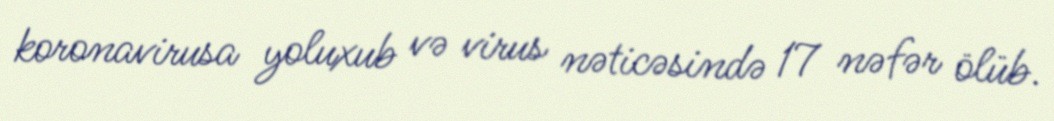
koronavirusa yoluxub və virus nəticəsində 17 nəfər ölüb.